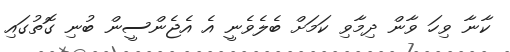
ކާނާ ވިހަ ވާން ދިމާވި ކަމަށް ބެލެވެނީ އެ އެޖެންސީން ބުނި ގޮތުގައި